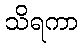
သိရကာ